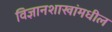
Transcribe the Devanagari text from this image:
विज्ञानशाखांमधील